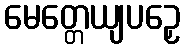
မေတ္တေယျပဉှေ